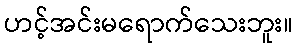
ဟင့်အင်းမရောက်သေးဘူး။